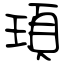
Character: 頊